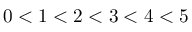
0 < 1 < 2 < 3 < 4 < 5